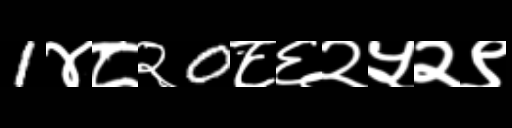
Text: 1४८२0८६२५२९